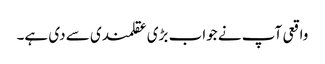
واقعی آپ نے جواب بڑی عقلمندی سے دی ہے۔